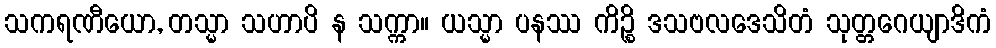
သကရဏီယော, တသ္မာ သဟာပိ န သက္ကာ။ ယသ္မာ ပနဿ ကိဉ္စိ ဒသဗလဒေသိတံ သုတ္တဂေယျာဒိကံ